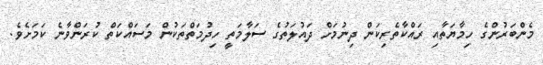
މެންބަރުންގެ ހިމާޔަތާއި ރައްކާތެރިކަން ދިނުމަށް ދައުލަތުގެ ސަލާމަތީ ހިދުމަތްތަކުން މަސައްކަތް ކުރަންވާނެ ކަމަށެވެ.